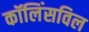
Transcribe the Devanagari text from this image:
कॉलिंसविल